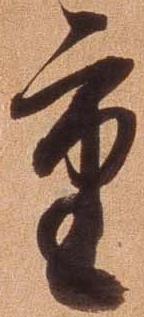
重